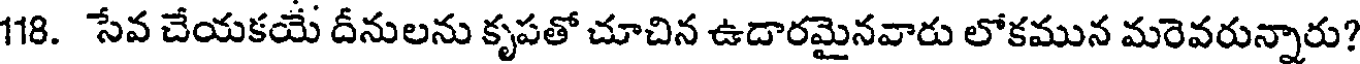
118. సేవ చేయకయే దీనులను కృపతో చూచిన ఉదారమైనవారు లోకమున మరెవరున్నారు?